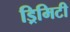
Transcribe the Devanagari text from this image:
ड्रिमिटी